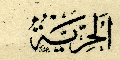
اَلحُرِيّةُ